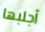
أجلبها